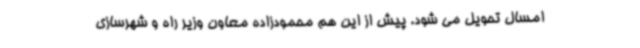
امسال تحویل می شود. پیش از این هم محمودزاده معاون وزیر راه و شهرسازی